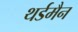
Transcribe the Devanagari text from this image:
थर्डमैन